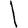
Digit: 1